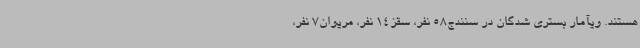
هستند. ویآمار بستری شدگان در سنندج58 نفر، سقز14 نفر، مریوان7 نفر،